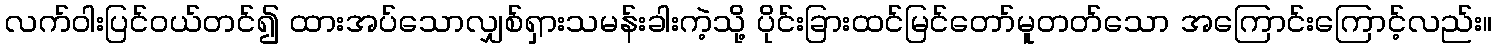
လက်ဝါးပြင်ဝယ်တင်၍ ထားအပ်သောလျှစ်ရှားသမန်းခါးကဲ့သို့ ပိုင်းခြားထင်မြင်တော်မူတတ်သော အကြောင်းကြောင့်လည်း။